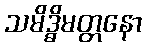
သမိဒ္ဓိမတ္တနော